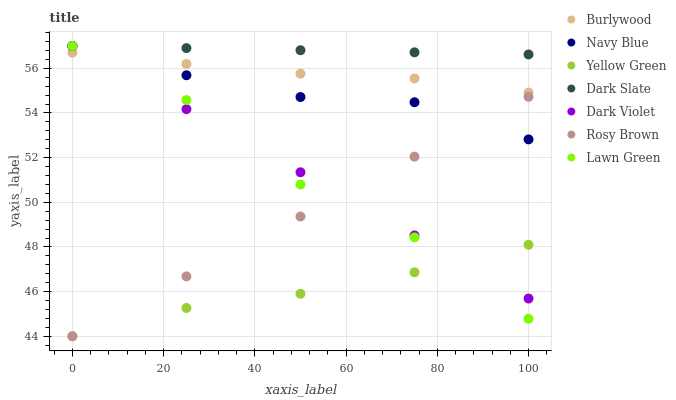
| xaxis_label | Burlywood | Navy Blue | Yellow Green | Dark Slate | Dark Violet | Rosy Brown | Lawn Green |
 | --- | --- | --- | --- | --- | --- | --- | --- |
 | 0 | 56.7 | 57 | 44 | 57 | 57 | 44 | 57 |
 | 25 | 56.2 | 55.7 | 45.3 | 56.9 | 54.2 | 46.7 | 54.6 |
 | 50 | 55.8 | 54.7 | 45.9 | 56.8 | 51.3 | 49.4 | 50.8 |
 | 75 | 55.5 | 54.5 | 46.9 | 56.7 | 48.5 | 52 | 48.4 |
 | 100 | 54.9 | 52.8 | 48.1 | 56.6 | 45.7 | 54.7 | 44.8 |